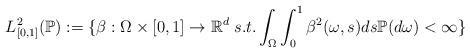
LaTeX: \begin{align*}L^2_{[0,1]}(\mathbb{P}) := \{\beta:\Omega \times [0, 1]\rightarrow\mathbb{R}^d\; s.t.\int_\Omega \int_0^1\beta^2(\omega,s) ds \mathbb P(d\omega) <\infty\}\end{align*}